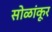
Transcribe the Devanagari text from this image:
सोळांकूर